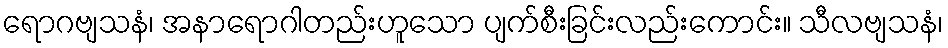
ရောဂဗျသနံ၊ အနာရောဂါတည်းဟူသော ပျက်စီးခြင်းလည်းကောင်း။ သီလဗျသနံ၊